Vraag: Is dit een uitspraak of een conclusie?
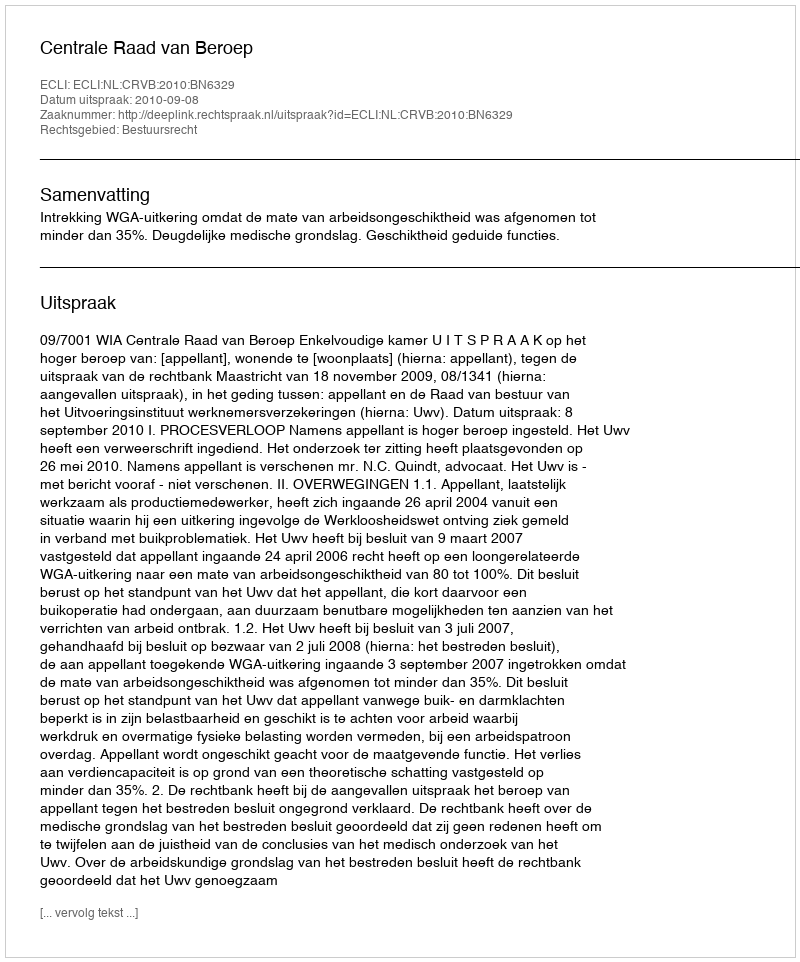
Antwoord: Uitspraak